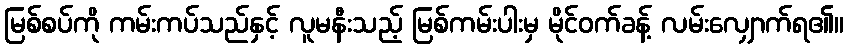
မြစ်စပ်ကို ကမ်းကပ်သည်နှင့် လူမနီးသည့် မြစ်ကမ်းပါးမှ မိုင်ဝက်ခန့် လမ်းလျှောက်ရ၏။